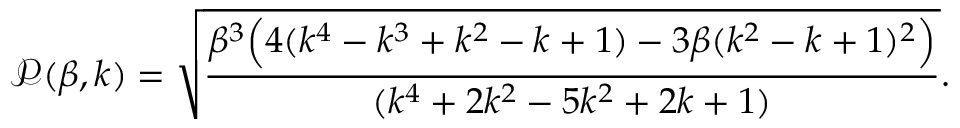
\mathscr { P } ( \beta , k ) = \sqrt { \frac { \beta ^ { 3 } \Big ( 4 ( k ^ { 4 } - k ^ { 3 } + k ^ { 2 } - k + 1 ) - 3 \beta ( k ^ { 2 } - k + 1 ) ^ { 2 } \Big ) } { ( k ^ { 4 } + 2 k ^ { 2 } - 5 k ^ { 2 } + 2 k + 1 ) } } .